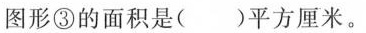
图形③的面积是()平方厘米。